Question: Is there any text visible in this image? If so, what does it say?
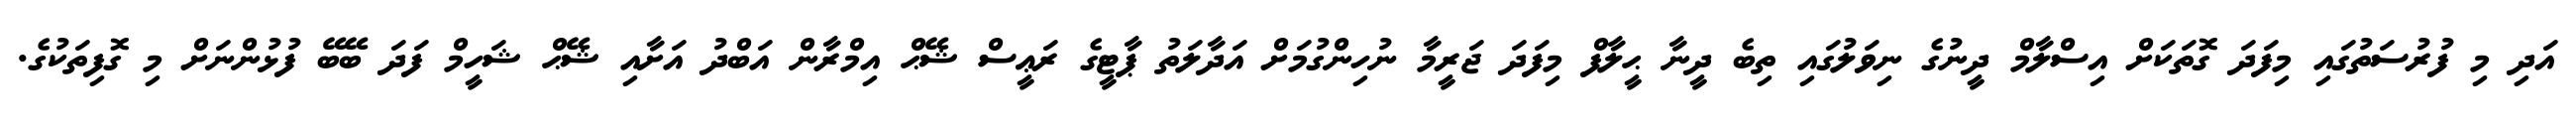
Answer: އަދި މި ފުރުސަތުގައި މިފަދަ ގޮތަކަށް އިސްލާމް ދީނުގެ ނިވަލުގައި ތިބެ ދީނާ ޙީލާފް މިފަދަ ޖަރީމާ ނުހިންގުމަށް އަދާލަތު ޕާޓީގެ ރަޢީސް ޝޭޙް އިމްރާން އަބްދު އަށާއި ޝޭޙް ޝަހީމް ފަދަ ބޭބޭ ފުޅުންނަށް މި ގޮފިތަކުގެ.